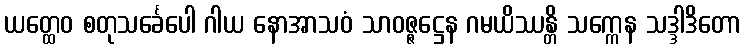
ယတ္ထေဝ စတုသင်္ခေပေါ ဂါယ နောအာသဝံ သာဝဇ္ဇဋ္ဌေန ဂမယိဿန္တိ သက္ကေန သဒ္ဒါဒိတော